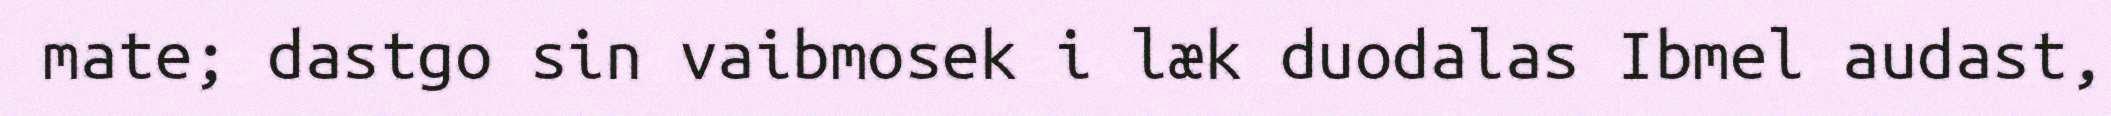
mate; dastgo sin vaibmosek i læk duodalas Ibmel audast,